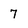
Character: 7